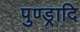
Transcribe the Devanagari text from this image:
पुण्ड्रादि